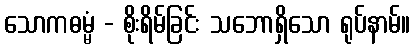
သောကဓမ္မံ - စိုးရိမ်ခြင်း သဘောရှိသော ရုပ်နာမ်။